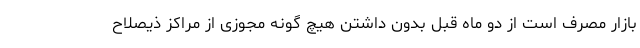
بازار مصرف است از دو ماه قبل بدون داشتن هیچ گونه مجوزی از مراکز ذیصلاح